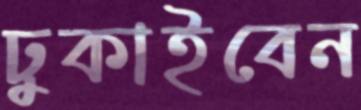
ঢুকাইবেন